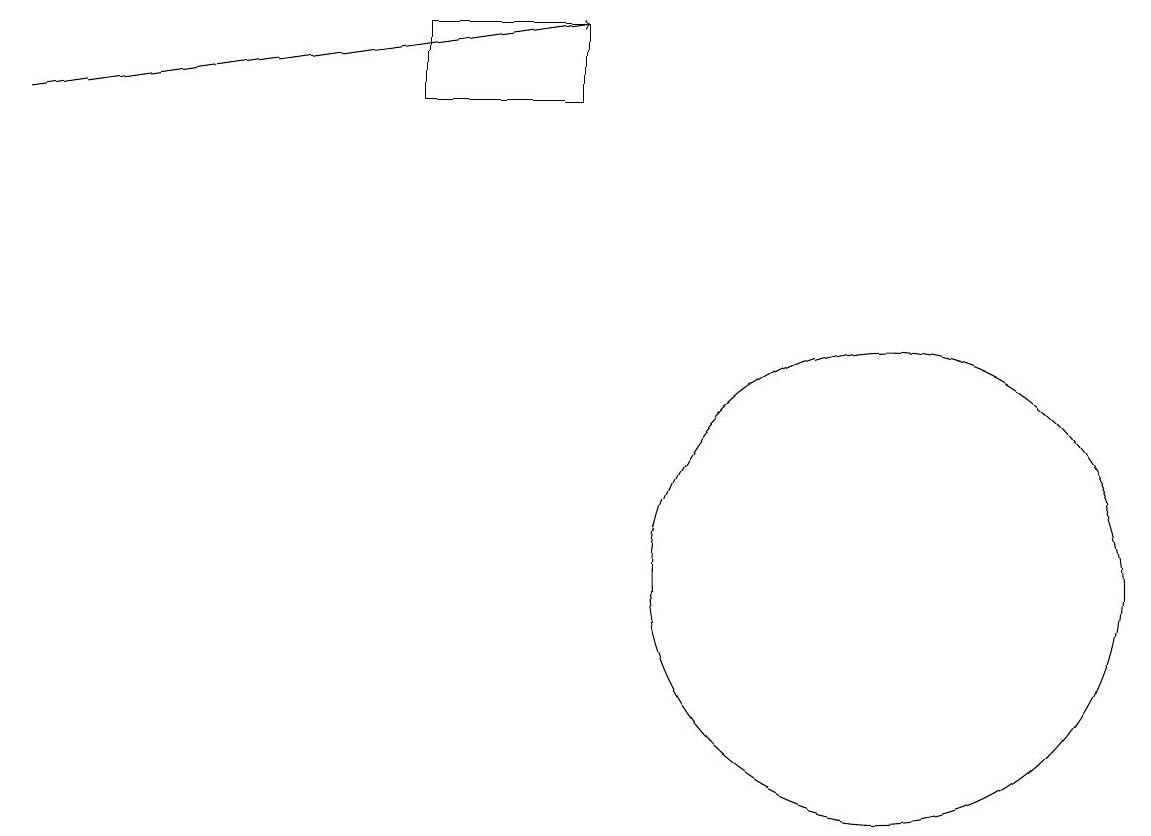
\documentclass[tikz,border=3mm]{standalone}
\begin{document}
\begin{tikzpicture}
\draw (7,17) rectangle (5,16);
\draw (11,10) circle (3);
\draw[->] (0,16) -- (7,17);
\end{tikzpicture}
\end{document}